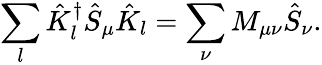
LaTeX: \sum_{l}\hat{K}_{l}^{\dagger}\hat{S}_{\mu}\hat{K}_{l}=\sum_{\nu}M_{\mu\nu}\hat{S}_{\nu}.